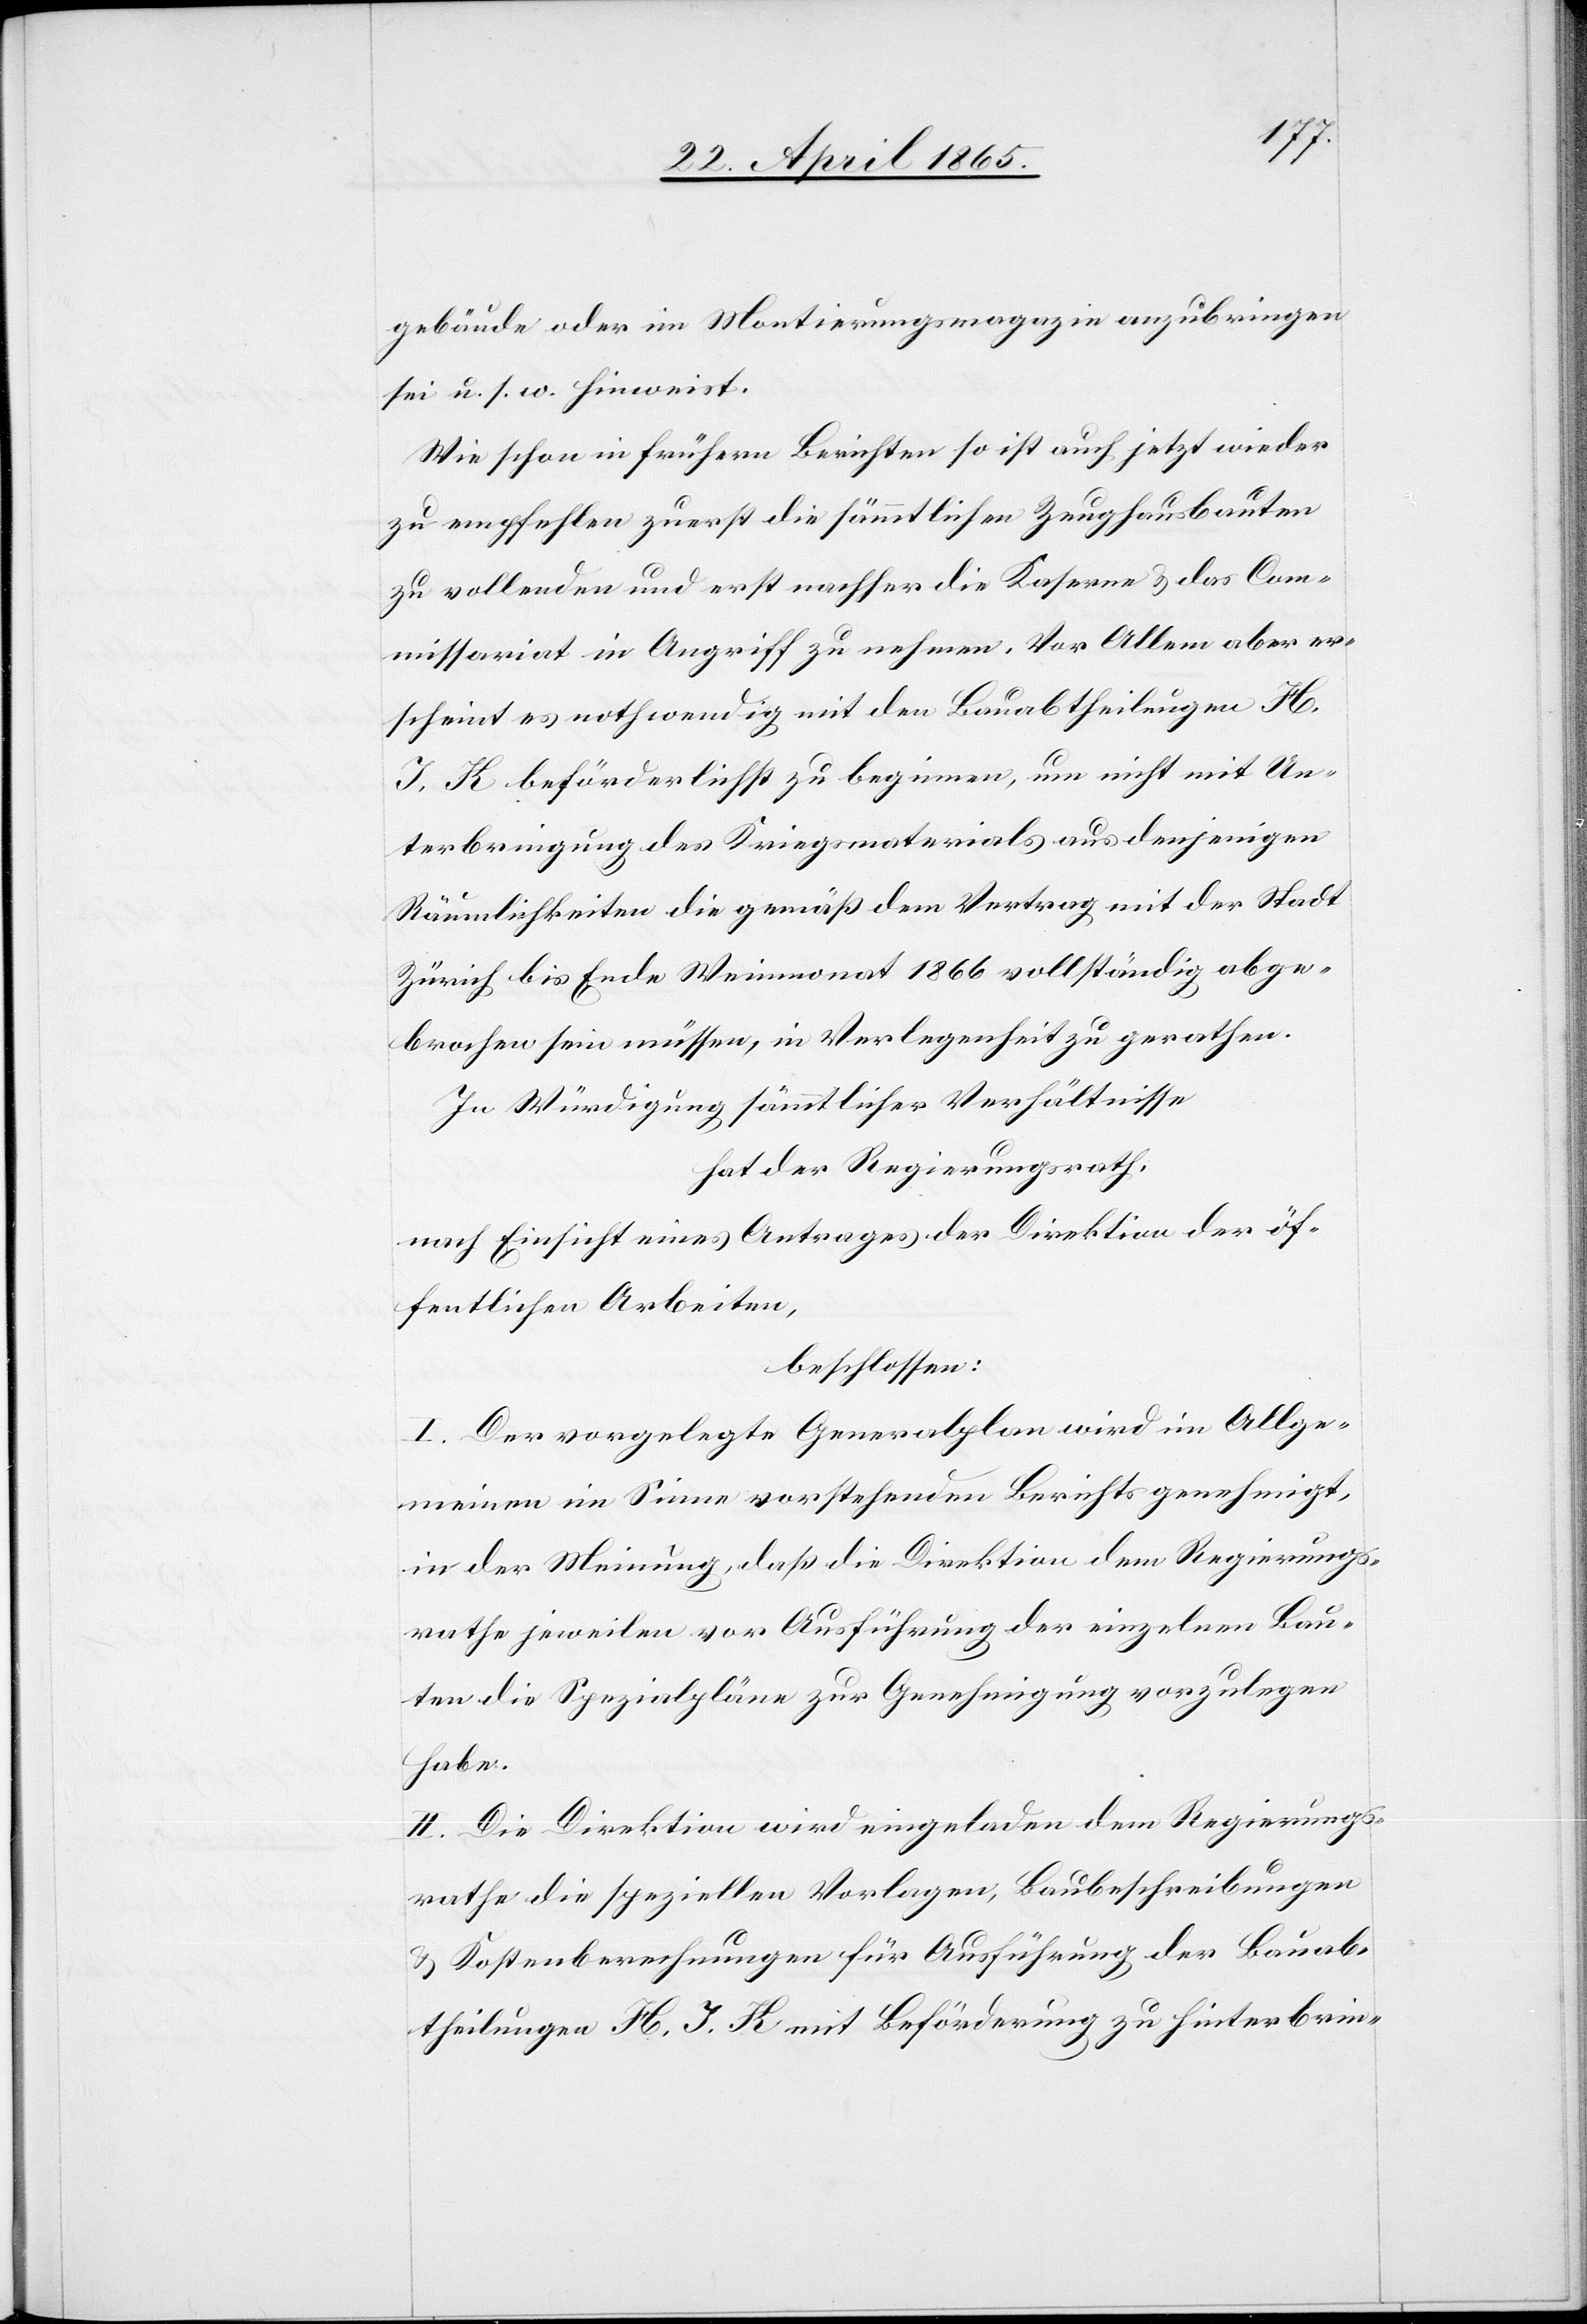
gebäude oder im Montierungsmagazin anzubringen
sei u. s. w. hinweist.
Wie schon in frühern Berichten so ist auch jetzt wieder
zu empfehlen zuerst die sämmtlichen Zeughausbauten
zu vollenden und erst nachher die Kaserne & das Com¬
missariat in Angriff zu nehmen. Vor Allem aber er¬
scheint es nothwendig mit den Bauabtheilungen H.
J. K beförderlichst zu beginnen, um nicht mit Un¬
terbringung des Kriegsmaterials aus denjenigen
Räumlichkeiten die gemäß dem Vertrag mit der Stadt
Zürich bis Ende Weinmonat 1866 vollständig abge¬
brochen sein müssen, in Verlegenheit zu gerathen.
In Würdigung sämmtlicher Verhältnisse
hat der Regierungsrath,
nach Einsicht eines Antrages der Direktion der öf¬
fentlichen Arbeiten,
beschlossen:
I. Der vorgelegte Generalplan wird im Allge¬
meinen im Sinne vorstehenden Berichts genehmigt,
in der Meinung, daß de Direktion dem Regierungs¬
rathe jeweilen vor Ausführung der einzelnen Bau¬
ten die Spezialpläne zur Genehmigung vorzulegen
habe.
II. Die Direktion wird eingeladen dem Regierungs¬
rathe die speziellen Vorlagen, Baubeschreibungen
& Kostenberechnungen für Ausführung der Bauab¬
theilungen H, J. K mit Beförderung zu hinterbrin-